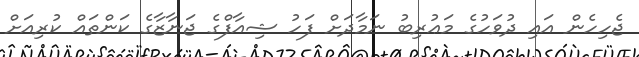
ޖެހިހެން އައި ދުވަހުގެ މަޢުރިބު ނަމާދަށް ފަހު ޝިއާފްގެ ޖަނާޒާގެ ކަންތައް ކުރިއަށް